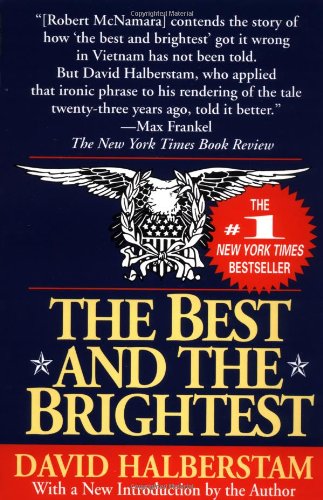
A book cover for The Best and the Brightest; David Halberstam; Politics & Social Sciences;